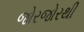
જોરજોરથી